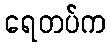
ရေတပ်က